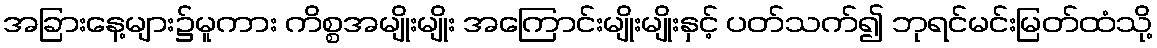
အခြားနေ့များ၌မူကား ကိစ္စအမျိုးမျိုး အကြောင်းမျိုးမျိုးနှင့် ပတ်သက်၍ ဘုရင်မင်းမြတ်ထံသို့